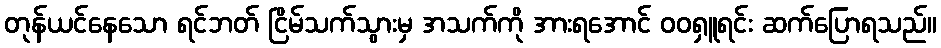
တုန်ယင်နေသော ရင်ဘတ် ငြိမ်သက်သွားမှ အသက်ကို အားရအောင် ဝဝရှူရင်း ဆက်ပြောရသည်။